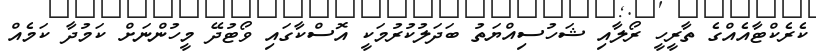
ކެރެކްޓާއެއްގެ ތާރީހީ ރޯލާއި ޝަހުސިއްޔަތު ބަދަލުކުރުމަކީ އޮސްކާގައި ވޯޓުދޭ މީހުންނަށް ކަމުދާ ކަމެއް